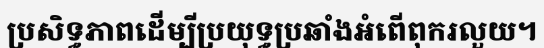
ប្រសិទ្ធភាពដើម្បីប្រយុទ្ធប្រឆាំងអំពើពុករលួយ។